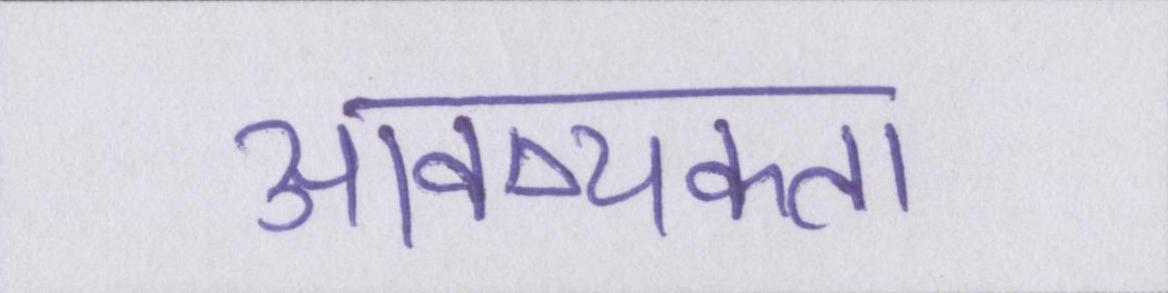
आवष्यकता